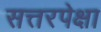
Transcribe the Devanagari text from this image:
सत्तरपेक्षा